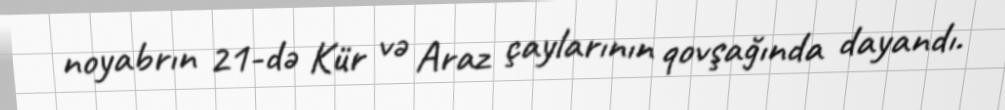
noyabrın 21-də Kür və Araz çaylarının qovşağında dayandı.